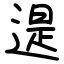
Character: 遈